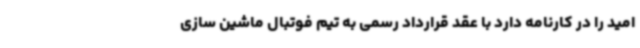
امید را در کارنامه دارد با عقد قرارداد رسمی به تیم فوتبال ماشین سازی